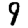
Digit: 9